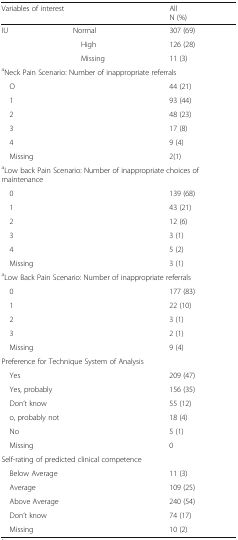
<table><thead><tr><td colspan="2"><b>Variables of interest</b></td><td><b>AllN (%)</b></td></tr></thead><tbody><tr><td>IU</td><td>Normal</td><td>307 (69)</td></tr><tr><td></td><td> High</td><td>126 (28)</td></tr><tr><td></td><td> Missing</td><td>11 (3)</td></tr><tr><td colspan="3"><sup>a</sup>Neck Pain Scenario: Number of inappropriate referrals</td></tr><tr><td colspan="2"> O</td><td>44 (21)</td></tr><tr><td colspan="2"> 1</td><td>93 (44)</td></tr><tr><td colspan="2"> 2</td><td>48 (23)</td></tr><tr><td colspan="2"> 3</td><td>17 (8)</td></tr><tr><td colspan="2"> 4</td><td>9 (4)</td></tr><tr><td colspan="2"> Missing</td><td>2(1)</td></tr><tr><td colspan="3"><sup>a</sup>Low back Pain Scenario: Number of inappropriate choices of maintenance</td></tr><tr><td colspan="2"> 0</td><td>139 (68)</td></tr><tr><td colspan="2"> 1</td><td>43 (21)</td></tr><tr><td colspan="2"> 2</td><td>12 (6)</td></tr><tr><td colspan="2"> 3</td><td>3 (1)</td></tr><tr><td colspan="2"> 4</td><td>5 (2)</td></tr><tr><td colspan="2"> Missing</td><td>3 (1)</td></tr><tr><td colspan="3"><sup>a</sup>Low Back Pain Scenario: Number of inappropriate referrals</td></tr><tr><td colspan="2"> 0</td><td>177 (83)</td></tr><tr><td colspan="2"> 1</td><td>22 (10)</td></tr><tr><td colspan="2"> 2</td><td>3 (1)</td></tr><tr><td colspan="2"> 3</td><td>2 (1)</td></tr><tr><td colspan="2"> Missing</td><td>9 (4)</td></tr><tr><td colspan="3">Preference for Technique System of Analysis</td></tr><tr><td colspan="2"> Yes</td><td>209 (47)</td></tr><tr><td colspan="2"> Yes, probably</td><td>156 (35)</td></tr><tr><td colspan="2"> Don’t know</td><td>55 (12)</td></tr><tr><td colspan="2"> o, probably not</td><td>18 (4)</td></tr><tr><td colspan="2"> No</td><td>5 (1)</td></tr><tr><td colspan="2"> Missing</td><td>0</td></tr><tr><td colspan="3">Self-rating of predicted clinical competence</td></tr><tr><td colspan="2"> Below Average</td><td>11 (3)</td></tr><tr><td colspan="2"> Average</td><td>109 (25)</td></tr><tr><td colspan="2"> Above Average</td><td>240 (54)</td></tr><tr><td colspan="2"> Don’t know</td><td>74 (17)</td></tr><tr><td colspan="2"> Missing</td><td>10 (2)</td></tr></tbody></table>